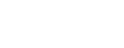
ဌပယိဿာမိ